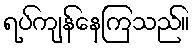
ရပ်ကျန်နေကြသည်။